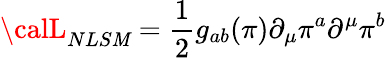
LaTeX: {\calL}_{NLS\mathit{M}}=\frac{{1}}{{2}}g_{ab}(\pi)\partial_{\mu}\pi^{a}\partial^{\mu}\pi^{b}